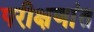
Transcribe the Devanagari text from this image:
परीक्षणांत